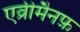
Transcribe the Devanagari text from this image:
एव्रीमैनफ़